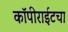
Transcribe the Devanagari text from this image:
कॉपीराईटचा